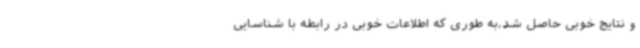
و نتایج خوبی حاصل شد،به طوری که اطلاعات خوبی در رابطه با شناسایی